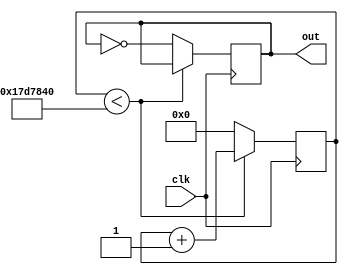
module clock_1hz(clk, out);

input clk;
output out;

// generate 1 Hz from 50 MHz
reg [25:0] count_reg = 0;
reg out_1hz = 0;

always @(posedge clk) begin
    
	 if (count_reg < 25000000) begin
        count_reg <= count_reg + 1;
    end else begin
        count_reg <= 0;
        out_1hz <= ~out_1hz;
    end
end

assign out = out_1hz;

endmodule